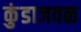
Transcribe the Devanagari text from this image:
कुंडाजवळ